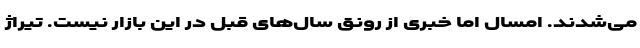
می‌شدند. امسال اما خبری از رونق سال‌های قبل در این بازار نیست. تیراژ